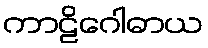
ကာဠိဂေါဓာယ